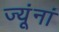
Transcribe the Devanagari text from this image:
ज्यूंनां